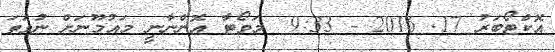
އޮކްޓޯބަރު 17